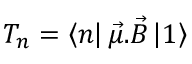
T _ { n } = \left\langle n \right| \vec { \mu } . \vec { B } \left| 1 \right\rangle